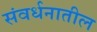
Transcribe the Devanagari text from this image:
संवर्धनातील